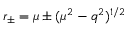
r _ { \pm } = \mu \pm ( \mu ^ { 2 } - q ^ { 2 } ) ^ { 1 / 2 }